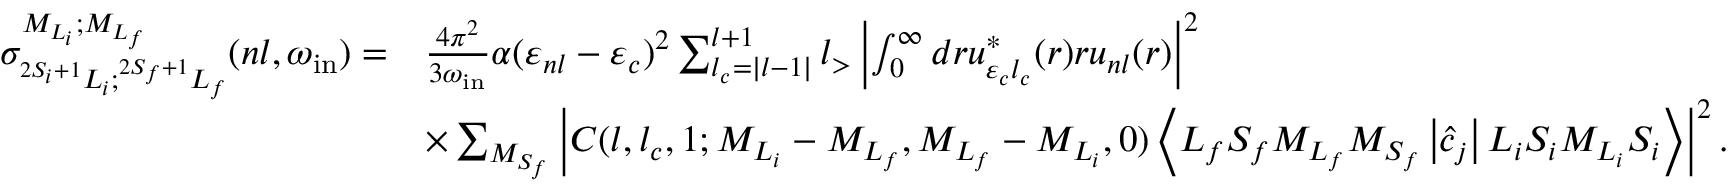
\begin{array} { r l } { { \sigma } _ { ^ { 2 S _ { i } + 1 } L _ { i } ; ^ { 2 S _ { f } + 1 } L _ { f } } ^ { { M } _ { { L } _ { i } } ; { M } _ { { L } _ { f } } } ( n l , { \omega } _ { \mathrm { i n } } ) = } & { \frac { 4 \pi ^ { 2 } } { 3 { \omega } _ { \mathrm { i n } } } \alpha { ( { \varepsilon } _ { n l } - { \varepsilon } _ { c } ) ^ { 2 } } \sum _ { { l } _ { c } = \left\vert { l } - 1 \right\vert } ^ { { l } + 1 } { l } _ { > } \left\vert \int _ { 0 } ^ { \infty } d r { u } _ { { \varepsilon } _ { c } { l } _ { c } } ^ { \ast } ( r ) r { u } _ { { n } { l } } ( r ) \right\vert ^ { 2 } } \\ & { \times \sum _ { { M } _ { { S } _ { f } } } \left\vert C ( { l } , { l } _ { c } , 1 ; { M } _ { { L } _ { i } } - { M } _ { { L } _ { f } } , { M } _ { { L } _ { f } } - { M } _ { { L } _ { i } } , 0 ) \ensuremath { \left\langle { L } _ { f } { S } _ { f } { M } _ { { L } _ { f } } { M } _ { { S } _ { f } } \left\lvert { \hat { c } } _ { j } \right\rvert { L } _ { i } { S } _ { i } { M } _ { { L } _ { i } } { S } _ { i } \right\rangle } \right\vert ^ { 2 } . } \end{array}